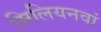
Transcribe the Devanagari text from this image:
मिलियनवां